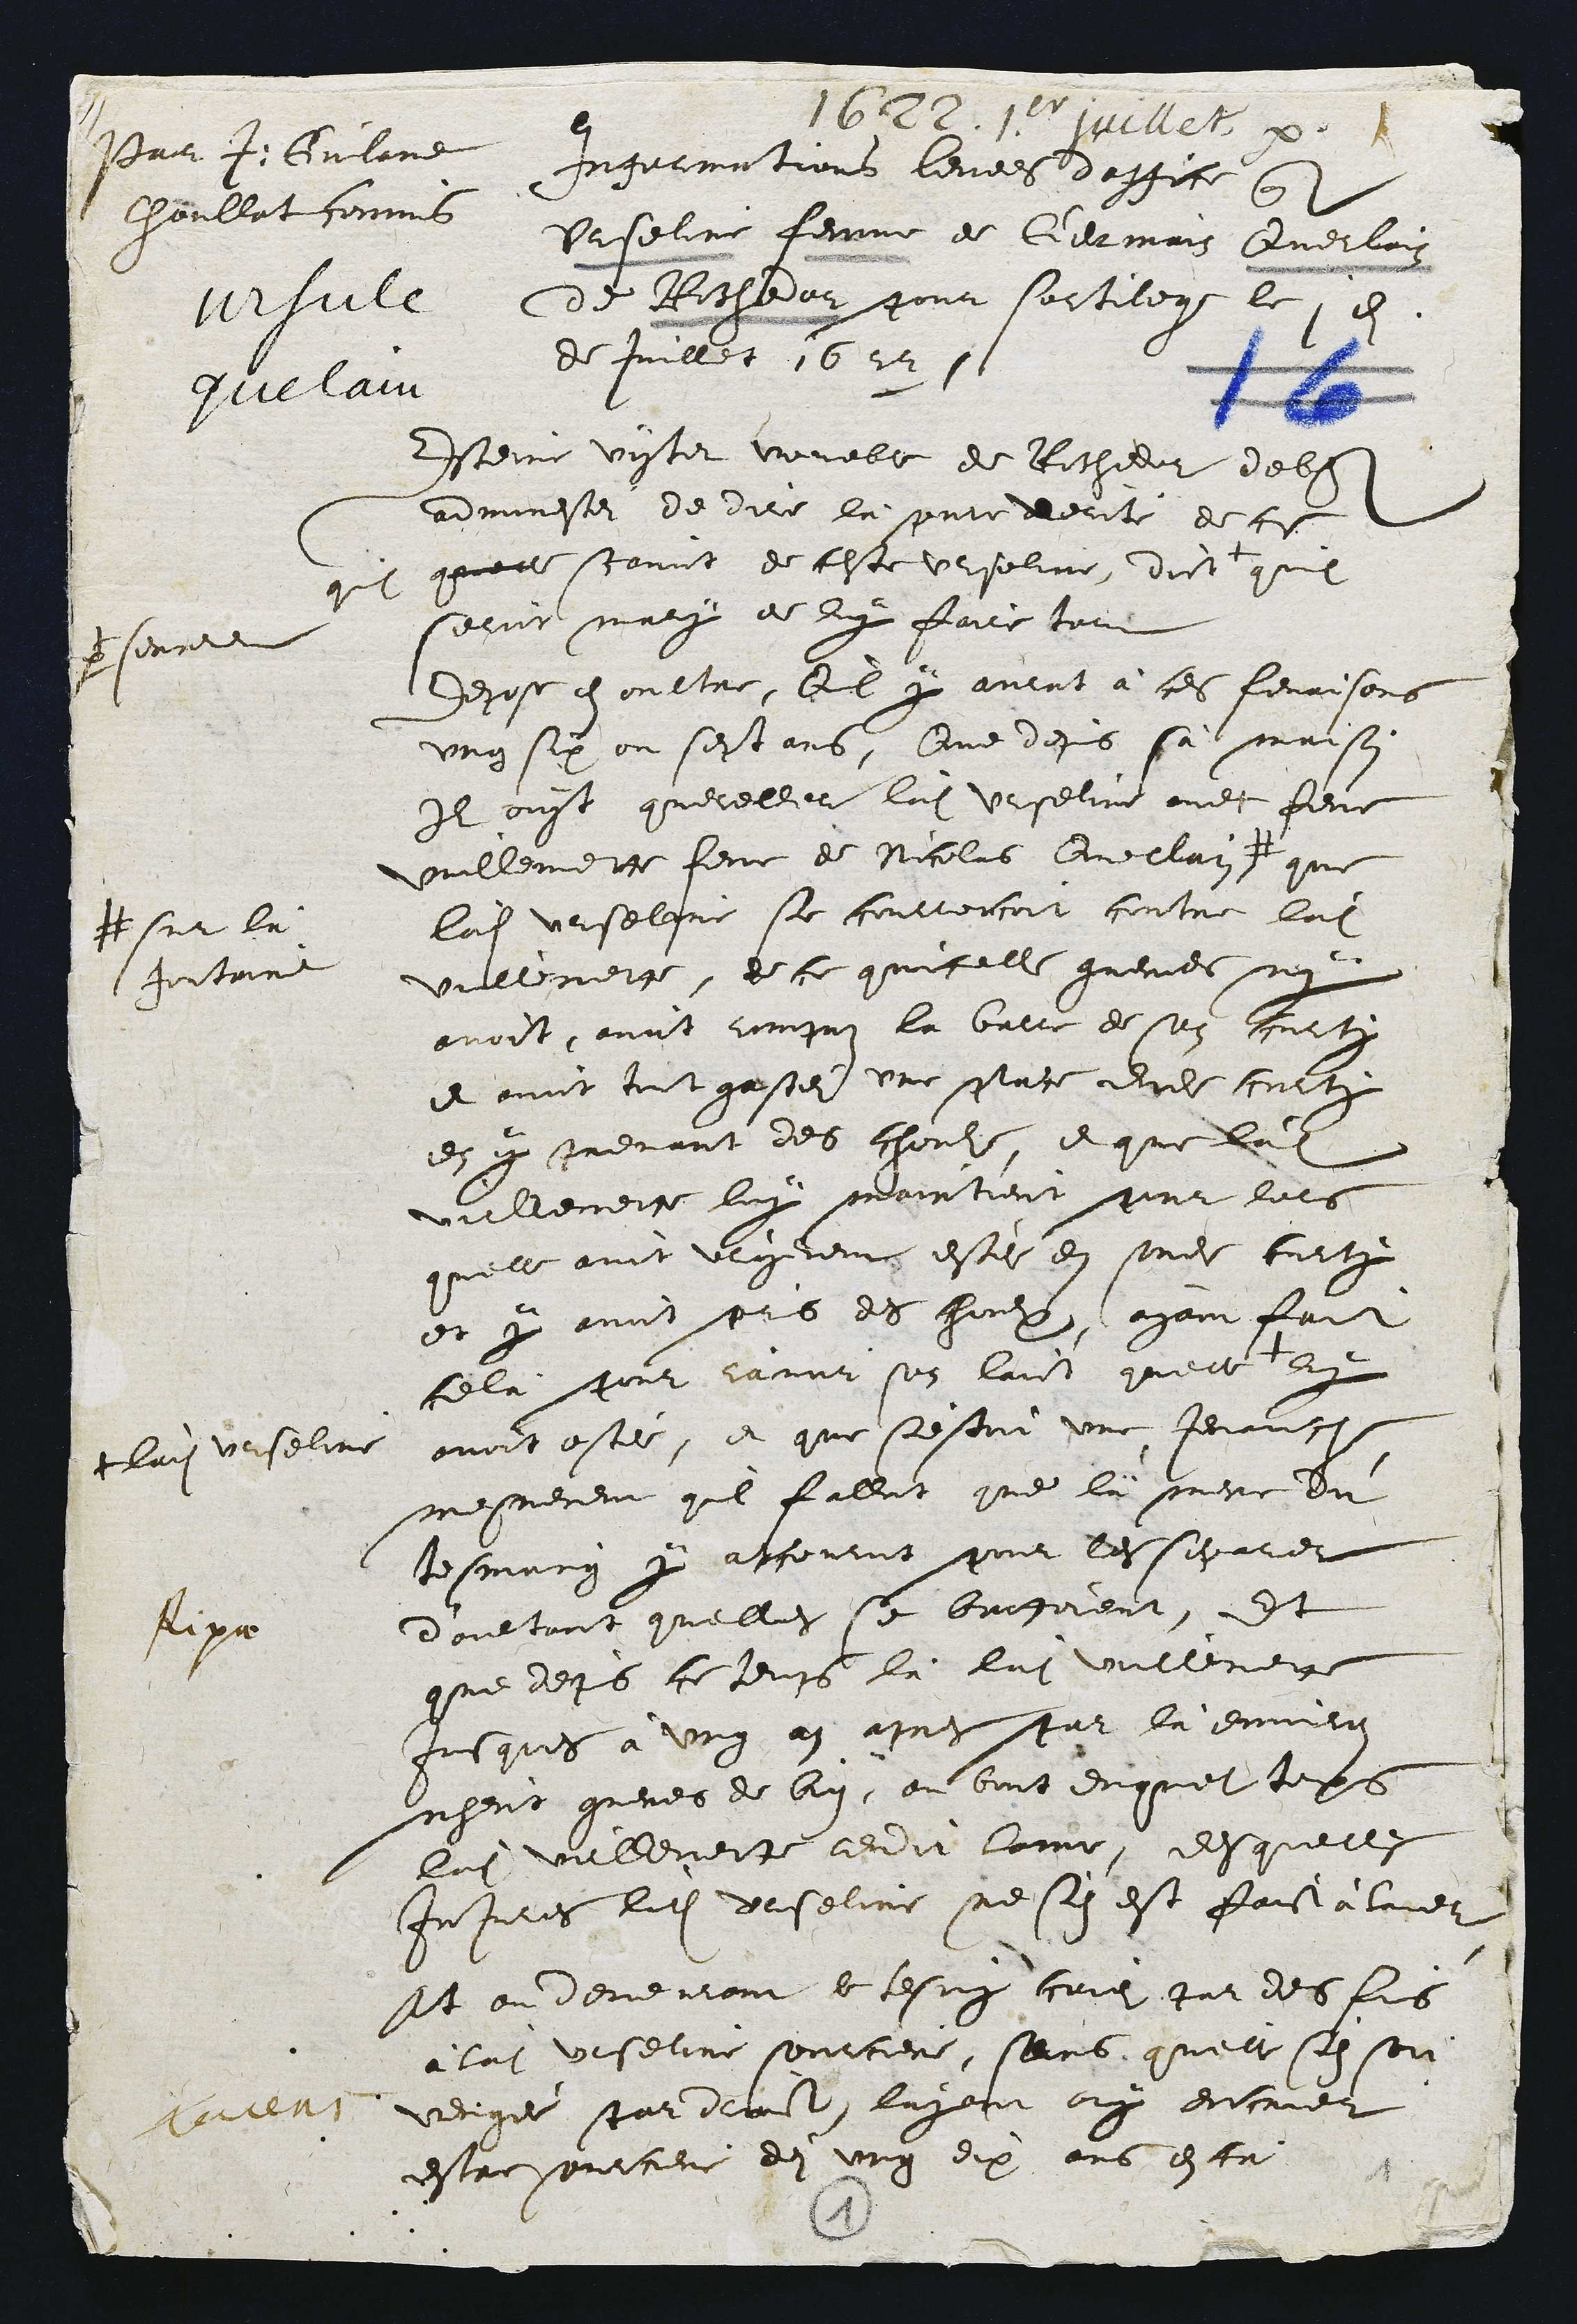
Paur 4. Gulame
Choullat commis
urfule
quelau

1622. 1e jpelletx.
Ingormations levees d'office qt
Urseline femme de Germais Querlain
de Rochedor pour sortilege le 1en
de Juillet 1622s

Esteine vistot voueble de Rochedor dell
adminestei de dire la presente denté de ce
quil quelle scavoit de ceste Ursoline, dict
psorne
quil
seroit mary de luy faire tout
depose en oultre, Qil y aurat à ces fenrisons
ung six ou sept ans, Que depuis sà maison
Il ouyt querellere ladite Urseline avec feue
Vuillemettre feme de Nicolas Quellain #
# sur lu
Jontaine
que
ladite Urseline se courrercoit contre ladite
vullemette, ee ce quicelle gueries ney
avoit, avoit rompus la barre de son curti
et avoit tout gastei une place dudt culty
en y prenant des chouls, et que ladite
villemette luy maintient pour lors
quelle avoit urgerens estei en sondit curty
et y avoit pris des houls, ayant fait
celà pour ranor son laict quelle
+ ladite Urselin
2y
avoit ostée, et que s'estoit une Jenance
mesmement quil fallut que là mere du
tesmoing y accournt pour les sigarers
d'aultant quelle se bautoient, Et
que depuis ce temps là ladite vuillement
Jusques à ung an apres par là environ
nheut greves de bien, au bint duquel temps
ladite villemette rendit lome, desquelle
Injures ledit Urseline ne scn est faictalue
At ou demeurant le tesmy crie par des fois
à ladite Urseline sourciere, sans, quelle sen soi
verigee par droit layent ouy encrier
estre sorciere dei ung dix ans en ta

Aipa

3
1